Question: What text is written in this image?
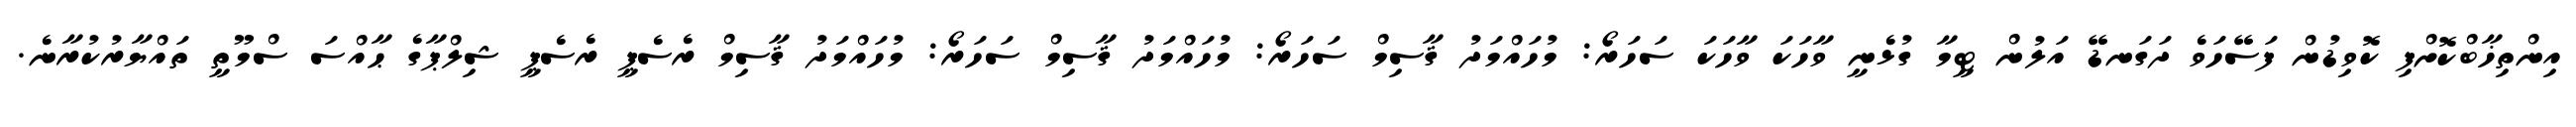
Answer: އިންތިޚާބްކޮށްފި ކޮވިޑުން ފަސޭހަވެ ދަގަނޑޭ އަލުން ޓީމާ ގުޅެނީ ވާހަކަ ވާހަކަ ސަހަރޯ: މުހައްމަދު ޤާސިމް ސަހަރޯ: މުހައްމަދު ޤާސިމް ސަހަރޯ: މުހައްމަދު ޤާސިމް ރެސެޕީ ރެސެޕީ ޝިލްޕާގެ ޙާއްސަ ސްމޫތީ ތައްޔާރުކުރާނެ.